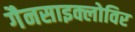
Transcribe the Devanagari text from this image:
गैनसाइक्लोविर